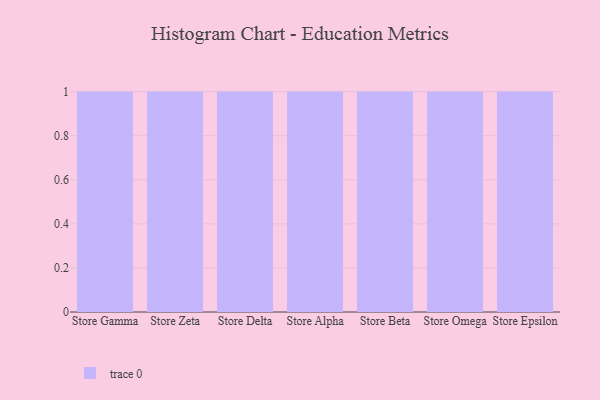
{"axis": {"x": "Store", "y": "Shipments"}, "legend": [""], "data": [{"x": "Store Gamma", "y": 31, "type": ""}, {"x": "Store Zeta", "y": 20, "type": ""}, {"x": "Store Delta", "y": 15, "type": ""}, {"x": "Store Alpha", "y": 10, "type": ""}, {"x": "Store Beta", "y": 39, "type": ""}, {"x": "Store Omega", "y": 88, "type": ""}, {"x": "Store Epsilon", "y": 62, "type": ""}]}